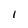
Character: 1